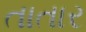
તાતાર